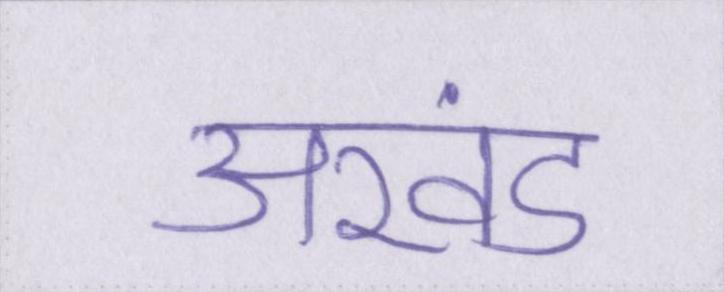
अखंड